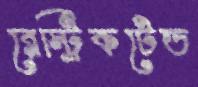
রেস্ট্রিকটেড